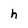
Character: h